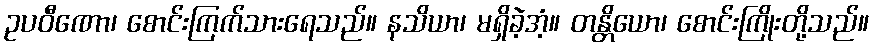
ဥပဝီဏော၊ စောင်းကြက်သားရေသည်။ နသိယာ၊ မရှိခဲ့အံ့။ တန္တိယော၊ စောင်းကြိုးတို့သည်။